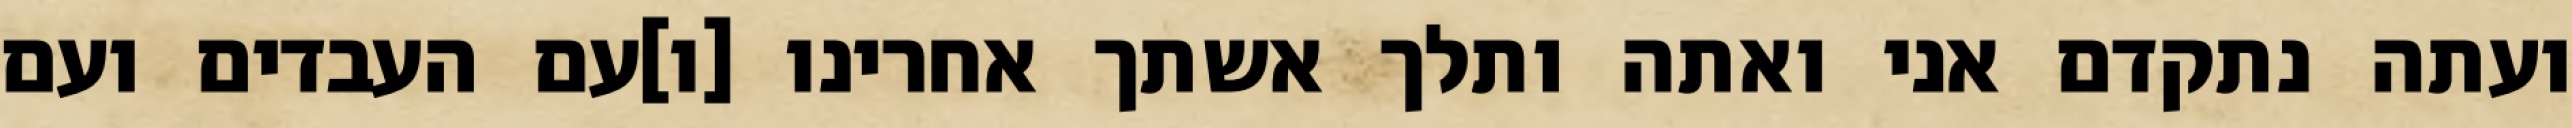
ועתה נתקדם אני ואתה ותלך אשתך אחרינו [ו]עם העבדים ועם